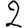
Digit: 2